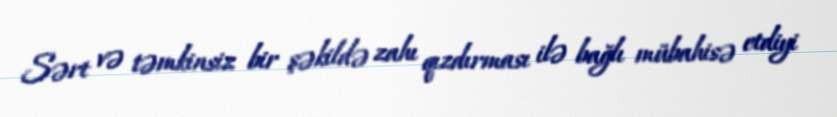
Sərt və təmkinsiz bir şəkildə zahı qızdırması ilə bağlı mübahisə etdiyi